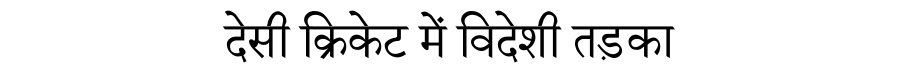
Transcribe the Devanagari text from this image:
देसी क्रिकेट में विदेशी तड़का